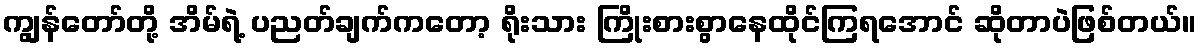
ကျွန်တော်တို့ အိမ်ရဲ့ ပညတ်ချက်ကတော့ ရိုးသား ကြိုးစားစွာနေထိုင်ကြရအောင် ဆိုတာပဲဖြစ်တယ်။